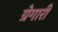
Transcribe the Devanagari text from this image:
ग्रेगारी